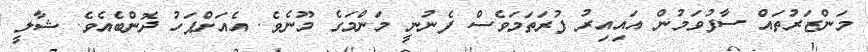
މަންޒަރުތައް ސާފުވަމުން އައިއިރު ފުރަތަމަވެސް ފެނުނީ މަންމަގެ މޫނެވެ. އެއަށްފަހު ދޮންބެއެވެ. ޝާލީ